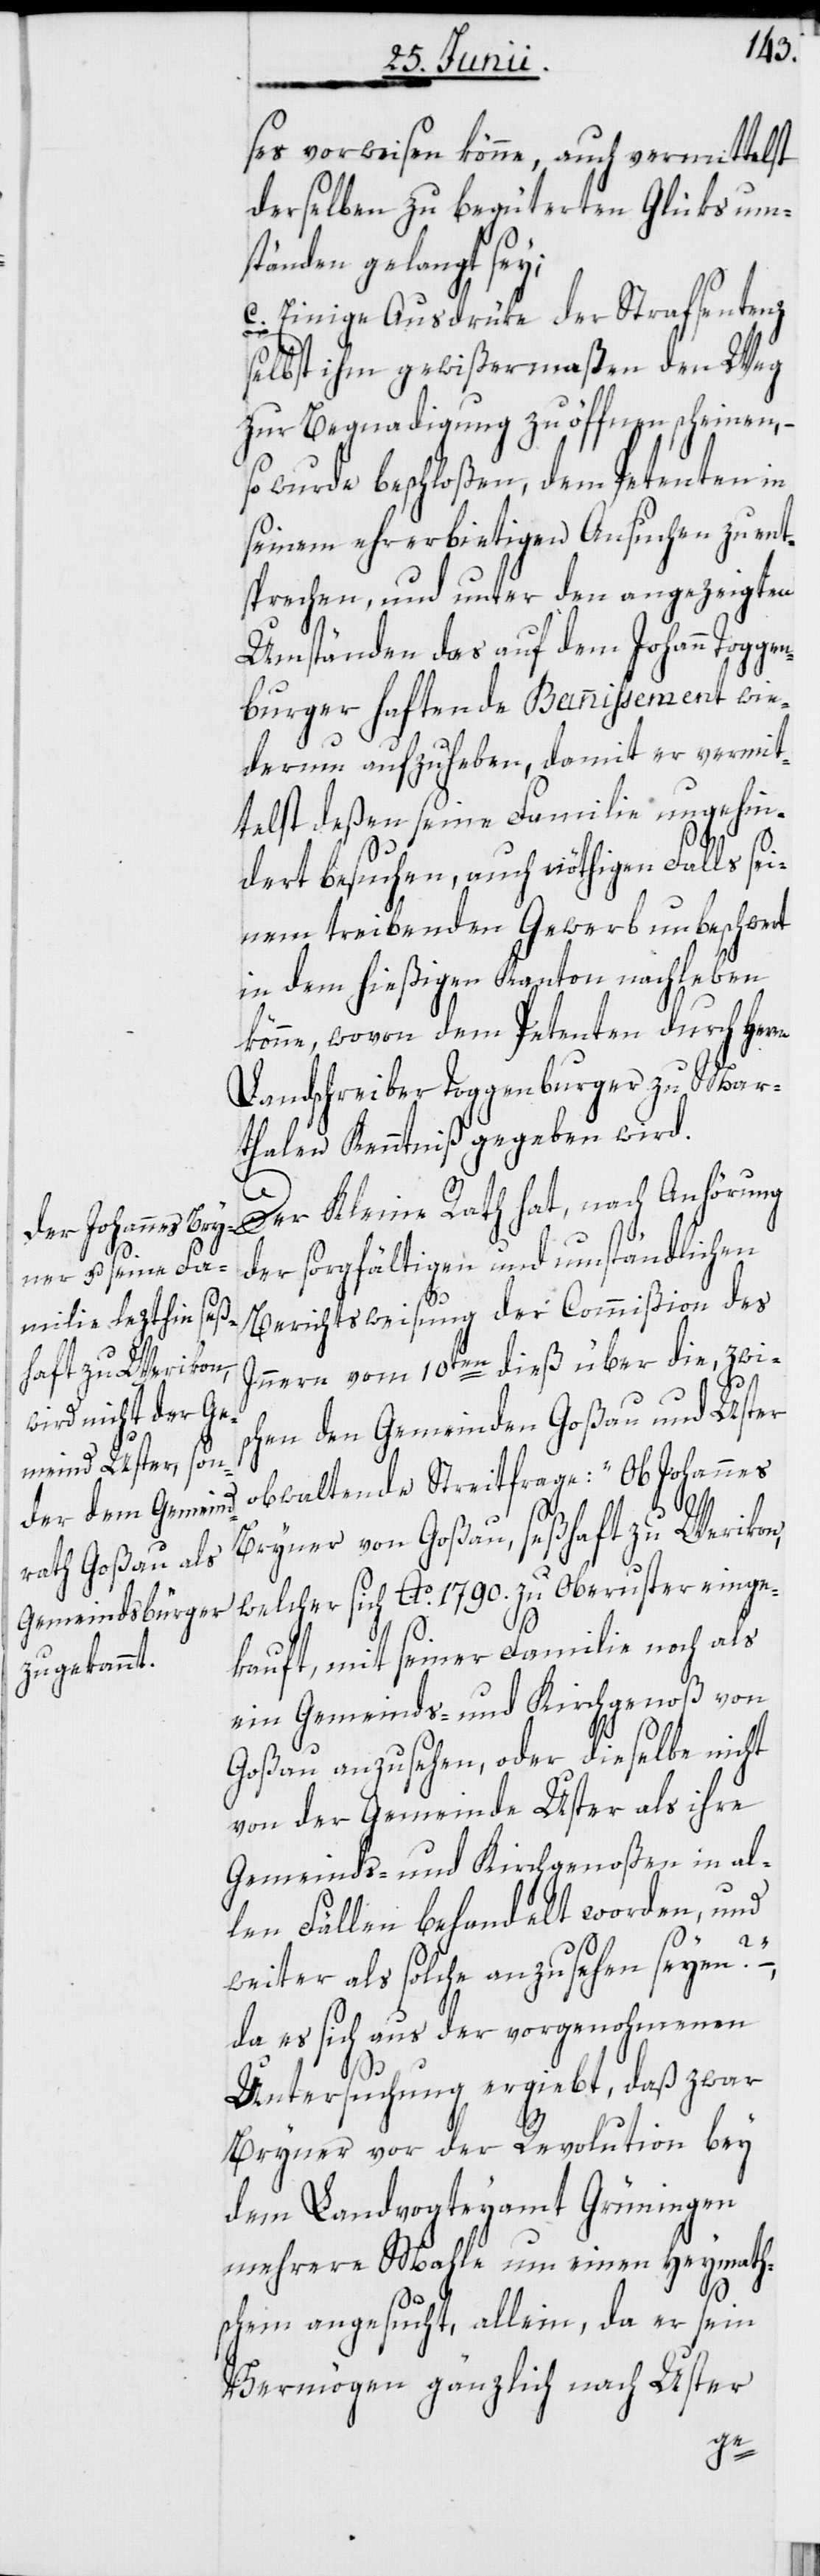
ses vorweisen könne, auch vermittelst
derselben zu begüterten Glüksum¬
ständen gelangt sey;
c. Einige Ausdrüke der Strafsentenz
selbst ihm gewißermaßen den Weg
zur Begnadigung zu öffnen scheinen, –
so wurde beschloßen, dem Petenten in
seinem ehrerbietigen Ansuchen zu ent¬
sprechen, und unter den angezeigten
Umständen das auf dem Johann Toggen¬
burger haftende Bannissement wie¬
derum aufzuheben, damit er vermit¬
telst deßen seine Familie ungehin¬
dert besuchen, auch nöthigen Falls sei¬
nem treibenden Gewerb unbeschwert
in dem hießigen Kanton nachleben
könne, wovon dem Petenten durch Her¬
Landschreiber Toggenburger zu Mar¬
thalen Kenntniß gegeben wird.
rn
Der Kleine Rath hat, nach Anhörung
der sorgfältigen und umständlichen
Berichtsweisung der Commißion des
Innern vom 10ten dieß über die, zwis¬
chen den Gemeinden Goßau und Uster
obwaltende Streitfrage: „Ob Johannes
Bryner von Goßau, seßhaft zu Werikon,
welcher sich Ao. 1790. zu Oberuster einge¬
kauft, mit seiner Familie noch als
ein Gemeinds- und Kirchgenoß von
Goßau anzusehen, oder dieselbe nicht
von der Gemeinde Uster als ihre
Gemeinds- und Kirchgenoßen in al¬
len Fällen behandelt worden, und
weiter als solche anzusehen seyen?“
da es sich aus der vorgenohmenen
Untersuchung ergiebt, daß zwar
Bryner vor der Revolution bey
dem Landvogteyamt Grüningen
mehrere Mahle um einen Heymath¬
schein angesucht, allein, da er sein
Vermögen gänzlich nach Uster